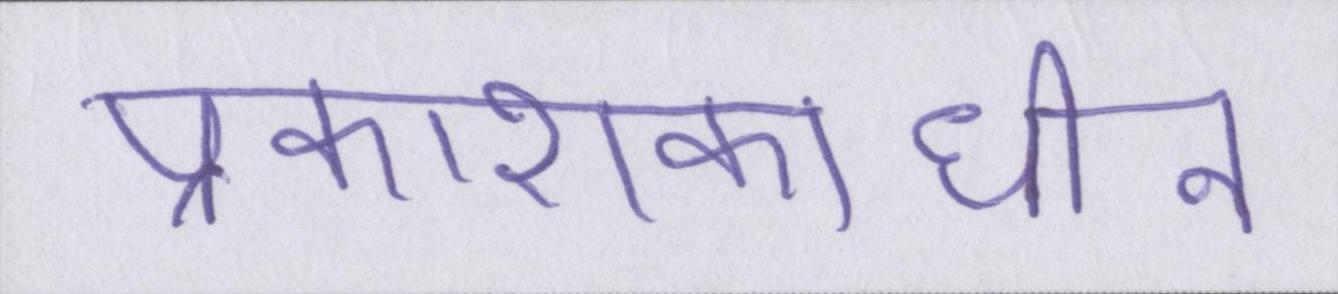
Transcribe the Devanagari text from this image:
प्रकाशकाधीन